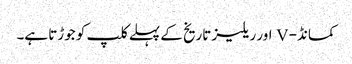
کمانڈ- V اور ریلیز تاریخ کے پہلے کلپ کو جوڑتا ہے۔